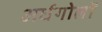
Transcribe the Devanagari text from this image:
अर्धगोलों